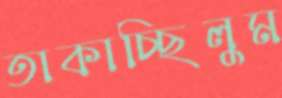
তাকাচ্ছিলুম